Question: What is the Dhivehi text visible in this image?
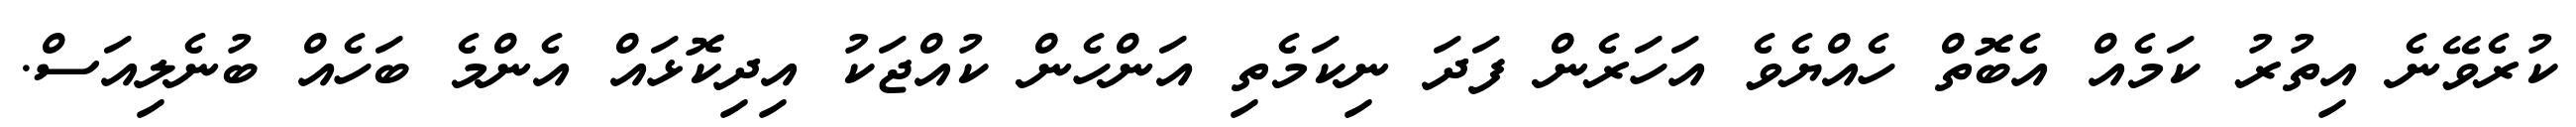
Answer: ކުރެވޭނެ އިތުރު ކަމެއް އެބޮތް ހެއްޔެވެ އަހަރެން ފަދަ ނިކަމެތި އަންހެން ކުއްޖަކު އިދިކޮޅައް އެންމެ ބަހެއް ބުނެލިއަސް.